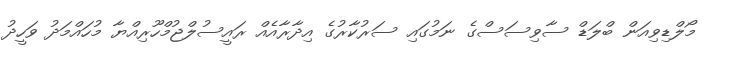
މޯލްޑިވިއަން ބްލަޑް ސާވިސަސްގެ ނަމުގައި ސަރުކާރުގެ އިދާރާއެއް ރައީސުލްޖުމްހޫރިއްޔާ މުހައްމަދު ވަހީދު